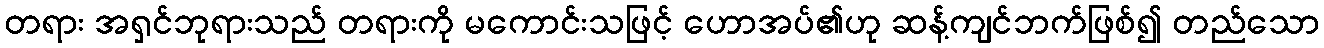
တရား အရှင်ဘုရားသည် တရားကို မကောင်းသဖြင့် ဟောအပ်၏ဟု ဆန့်ကျင်ဘက်ဖြစ်၍ တည်သော